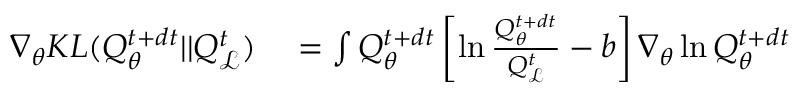
\begin{array} { r l } { \nabla _ { \theta } K L ( Q _ { \theta } ^ { t + d t } | | Q _ { \mathcal { L } } ^ { t } ) } & { { } = \int Q _ { \theta } ^ { t + d t } \left[ \ln \frac { Q _ { \theta } ^ { t + d t } } { Q _ { \mathcal { L } } ^ { t } } - b \right] \nabla _ { \theta } \ln Q _ { \theta } ^ { t + d t } } \end{array}